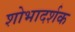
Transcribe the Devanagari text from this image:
शोभादर्शक